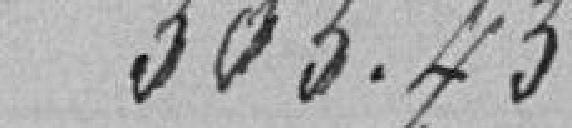
303.43